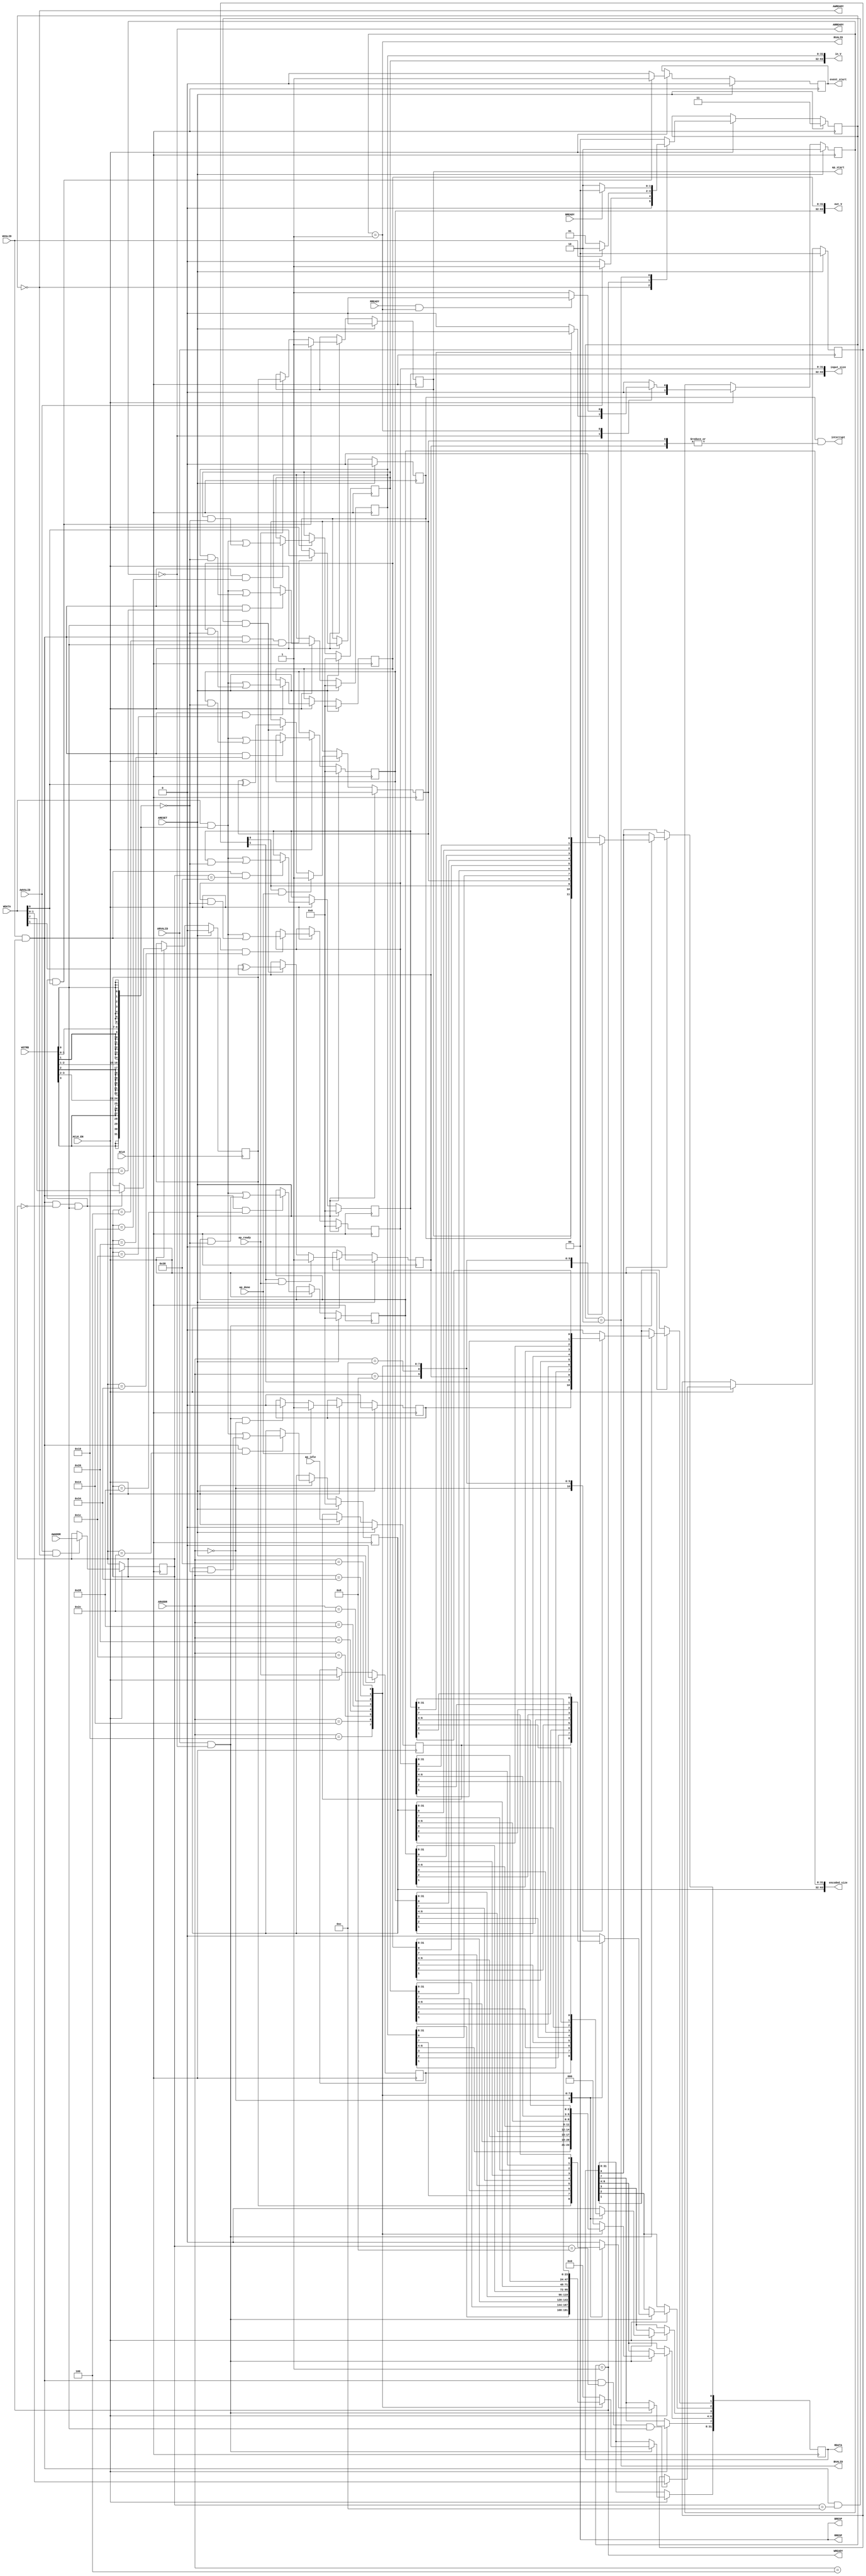
// ==============================================================
// File generated on Fri Apr 26 14:37:05 UTC 2019
// Vivado(TM) HLS - High-Level Synthesis from C, C++ and SystemC v2018.3.op (64-bit)
// SW Build 2405991 on Thu Dec  6 23:36:41 MST 2018
// IP Build 2404404 on Fri Dec  7 01:43:56 MST 2018
// Copyright 1986-2018 Xilinx, Inc. All Rights Reserved.
// ==============================================================
`timescale 1ns/1ps
module gZip_cu_gZip_cu_control_s_axi
#(parameter
    C_S_AXI_ADDR_WIDTH = 6,
    C_S_AXI_DATA_WIDTH = 32
)(
    // axi4 lite slave signals
    input  wire                          ACLK,
    input  wire                          ARESET,
    input  wire                          ACLK_EN,
    input  wire [C_S_AXI_ADDR_WIDTH-1:0] AWADDR,
    input  wire                          AWVALID,
    output wire                          AWREADY,
    input  wire [C_S_AXI_DATA_WIDTH-1:0] WDATA,
    input  wire [C_S_AXI_DATA_WIDTH/8-1:0] WSTRB,
    input  wire                          WVALID,
    output wire                          WREADY,
    output wire [1:0]                    BRESP,
    output wire                          BVALID,
    input  wire                          BREADY,
    input  wire [C_S_AXI_ADDR_WIDTH-1:0] ARADDR,
    input  wire                          ARVALID,
    output wire                          ARREADY,
    output wire [C_S_AXI_DATA_WIDTH-1:0] RDATA,
    output wire [1:0]                    RRESP,
    output wire                          RVALID,
    input  wire                          RREADY,
    output wire                          interrupt,
    // user signals
    output wire                          ap_start,
    input  wire                          ap_done,
    input  wire                          ap_ready,
    input  wire                          ap_idle,
    output wire                          event_start,
    output wire [63:0]                   in_V,
    output wire [63:0]                   out_V,
    output wire [63:0]                   encoded_size,
    output wire [63:0]                   input_size
);
//------------------------Address Info-------------------
// 0x00 : Control signals
//        bit 0  - ap_start (Read/Write/COH)
//        bit 1  - ap_done (Read/COR)
//        bit 2  - ap_idle (Read)
//        bit 3  - ap_ready (Read)
//        bit 7  - auto_restart (Read/Write)
//        others - reserved
// 0x04 : Global Interrupt Enable Register
//        bit 0  - Global Interrupt Enable (Read/Write)
//        others - reserved
// 0x08 : IP Interrupt Enable Register (Read/Write)
//        bit 0  - Channel 0 (ap_done)
//        bit 1  - Channel 1 (ap_ready)
//        others - reserved
// 0x0c : IP Interrupt Status Register (Read/TOW)
//        bit 0  - Channel 0 (ap_done)
//        bit 1  - Channel 1 (ap_ready)
//        others - reserved
// 0x10 : Data signal of in_V
//        bit 31~0 - in_V[31:0] (Read/Write)
// 0x14 : Data signal of in_V
//        bit 31~0 - in_V[63:32] (Read/Write)
// 0x18 : reserved
// 0x1c : Data signal of out_V
//        bit 31~0 - out_V[31:0] (Read/Write)
// 0x20 : Data signal of out_V
//        bit 31~0 - out_V[63:32] (Read/Write)
// 0x24 : reserved
// 0x28 : Data signal of encoded_size
//        bit 31~0 - encoded_size[31:0] (Read/Write)
// 0x2c : Data signal of encoded_size
//        bit 31~0 - encoded_size[63:32] (Read/Write)
// 0x30 : reserved
// 0x34 : Data signal of input_size
//        bit 31~0 - input_size[31:0] (Read/Write)
// 0x38 : Data signal of input_size
//        bit 31~0 - input_size[63:32] (Read/Write)
// 0x3c : reserved
// (SC = Self Clear, COR = Clear on Read, TOW = Toggle on Write, COH = Clear on Handshake)

//------------------------Parameter----------------------
localparam
    ADDR_AP_CTRL             = 6'h00,
    ADDR_GIE                 = 6'h04,
    ADDR_IER                 = 6'h08,
    ADDR_ISR                 = 6'h0c,
    ADDR_IN_V_DATA_0         = 6'h10,
    ADDR_IN_V_DATA_1         = 6'h14,
    ADDR_IN_V_CTRL           = 6'h18,
    ADDR_OUT_V_DATA_0        = 6'h1c,
    ADDR_OUT_V_DATA_1        = 6'h20,
    ADDR_OUT_V_CTRL          = 6'h24,
    ADDR_ENCODED_SIZE_DATA_0 = 6'h28,
    ADDR_ENCODED_SIZE_DATA_1 = 6'h2c,
    ADDR_ENCODED_SIZE_CTRL   = 6'h30,
    ADDR_INPUT_SIZE_DATA_0   = 6'h34,
    ADDR_INPUT_SIZE_DATA_1   = 6'h38,
    ADDR_INPUT_SIZE_CTRL     = 6'h3c,
    WRIDLE                   = 2'd0,
    WRDATA                   = 2'd1,
    WRRESP                   = 2'd2,
    WRRESET                  = 2'd3,
    RDIDLE                   = 2'd0,
    RDDATA                   = 2'd1,
    RDRESET                  = 2'd2,
    ADDR_BITS         = 6;

//------------------------Local signal-------------------
    reg  [1:0]                    wstate = WRRESET;
    reg  [1:0]                    wnext;
    reg  [ADDR_BITS-1:0]          waddr;
    wire [31:0]                   wmask;
    wire                          aw_hs;
    wire                          w_hs;
    reg  [1:0]                    rstate = RDRESET;
    reg  [1:0]                    rnext;
    reg  [31:0]                   rdata;
    wire                          ar_hs;
    wire [ADDR_BITS-1:0]          raddr;
    // internal registers
    reg                           int_event_start = 1'b0;
    reg                           int_ap_idle;
    reg                           int_ap_ready;
    reg                           int_ap_done = 1'b0;
    reg                           int_ap_start = 1'b0;
    reg                           int_auto_restart = 1'b0;
    reg                           int_gie = 1'b0;
    reg  [1:0]                    int_ier = 2'b0;
    reg  [1:0]                    int_isr = 2'b0;
    reg  [63:0]                   int_in_V = 'b0;
    reg  [63:0]                   int_out_V = 'b0;
    reg  [63:0]                   int_encoded_size = 'b0;
    reg  [63:0]                   int_input_size = 'b0;

//------------------------Instantiation------------------

//------------------------AXI write fsm------------------
assign AWREADY = (wstate == WRIDLE);
assign WREADY  = (wstate == WRDATA);
assign BRESP   = 2'b00;  // OKAY
assign BVALID  = (wstate == WRRESP);
assign wmask   = { {8{WSTRB[3]}}, {8{WSTRB[2]}}, {8{WSTRB[1]}}, {8{WSTRB[0]}} };
assign aw_hs   = AWVALID & AWREADY;
assign w_hs    = WVALID & WREADY;

// wstate
always @(posedge ACLK) begin
    if (ARESET)
        wstate <= WRRESET;
    else if (ACLK_EN)
        wstate <= wnext;
end

// wnext
always @(*) begin
    case (wstate)
        WRIDLE:
            if (AWVALID)
                wnext = WRDATA;
            else
                wnext = WRIDLE;
        WRDATA:
            if (WVALID)
                wnext = WRRESP;
            else
                wnext = WRDATA;
        WRRESP:
            if (BREADY)
                wnext = WRIDLE;
            else
                wnext = WRRESP;
        default:
            wnext = WRIDLE;
    endcase
end

// waddr
always @(posedge ACLK) begin
    if (ACLK_EN) begin
        if (aw_hs)
            waddr <= AWADDR[ADDR_BITS-1:0];
    end
end

//------------------------AXI read fsm-------------------
assign ARREADY = (rstate == RDIDLE);
assign RDATA   = rdata;
assign RRESP   = 2'b00;  // OKAY
assign RVALID  = (rstate == RDDATA);
assign ar_hs   = ARVALID & ARREADY;
assign raddr   = ARADDR[ADDR_BITS-1:0];

// rstate
always @(posedge ACLK) begin
    if (ARESET)
        rstate <= RDRESET;
    else if (ACLK_EN)
        rstate <= rnext;
end

// rnext
always @(*) begin
    case (rstate)
        RDIDLE:
            if (ARVALID)
                rnext = RDDATA;
            else
                rnext = RDIDLE;
        RDDATA:
            if (RREADY & RVALID)
                rnext = RDIDLE;
            else
                rnext = RDDATA;
        default:
            rnext = RDIDLE;
    endcase
end

// rdata
always @(posedge ACLK) begin
    if (ACLK_EN) begin
        if (ar_hs) begin
            rdata <= 1'b0;
            case (raddr)
                ADDR_AP_CTRL: begin
                    rdata[0] <= int_ap_start;
                    rdata[1] <= int_ap_done;
                    rdata[2] <= int_ap_idle;
                    rdata[3] <= int_ap_ready;
                    rdata[7] <= int_auto_restart;
                end
                ADDR_GIE: begin
                    rdata <= int_gie;
                end
                ADDR_IER: begin
                    rdata <= int_ier;
                end
                ADDR_ISR: begin
                    rdata <= int_isr;
                end
                ADDR_IN_V_DATA_0: begin
                    rdata <= int_in_V[31:0];
                end
                ADDR_IN_V_DATA_1: begin
                    rdata <= int_in_V[63:32];
                end
                ADDR_OUT_V_DATA_0: begin
                    rdata <= int_out_V[31:0];
                end
                ADDR_OUT_V_DATA_1: begin
                    rdata <= int_out_V[63:32];
                end
                ADDR_ENCODED_SIZE_DATA_0: begin
                    rdata <= int_encoded_size[31:0];
                end
                ADDR_ENCODED_SIZE_DATA_1: begin
                    rdata <= int_encoded_size[63:32];
                end
                ADDR_INPUT_SIZE_DATA_0: begin
                    rdata <= int_input_size[31:0];
                end
                ADDR_INPUT_SIZE_DATA_1: begin
                    rdata <= int_input_size[63:32];
                end
            endcase
        end
    end
end


//------------------------Register logic-----------------
assign interrupt    = int_gie & (|int_isr);
assign event_start  = int_event_start;
assign ap_start     = int_ap_start;
assign in_V         = int_in_V;
assign out_V        = int_out_V;
assign encoded_size = int_encoded_size;
assign input_size   = int_input_size;
// int_event_start
always @(posedge ACLK) begin
    if (ARESET)
        int_event_start <= 1'b0;
    else if (ACLK_EN) begin
        if (w_hs && waddr == ADDR_AP_CTRL && WSTRB[0] && WDATA[0])
            int_event_start <= 1'b1;
        else
            int_event_start <= 1'b0; // self clear
    end
end

// int_ap_start
always @(posedge ACLK) begin
    if (ARESET)
        int_ap_start <= 1'b0;
    else if (ACLK_EN) begin
        if (w_hs && waddr == ADDR_AP_CTRL && WSTRB[0] && WDATA[0])
            int_ap_start <= 1'b1;
        else if (ap_ready)
            int_ap_start <= int_auto_restart; // clear on handshake/auto restart
    end
end

// int_ap_done
always @(posedge ACLK) begin
    if (ARESET)
        int_ap_done <= 1'b0;
    else if (ACLK_EN) begin
        if (ap_done)
            int_ap_done <= 1'b1;
        else if (ar_hs && raddr == ADDR_AP_CTRL)
            int_ap_done <= 1'b0; // clear on read
    end
end

// int_ap_idle
always @(posedge ACLK) begin
    if (ARESET)
        int_ap_idle <= 1'b0;
    else if (ACLK_EN) begin
            int_ap_idle <= ap_idle;
    end
end

// int_ap_ready
always @(posedge ACLK) begin
    if (ARESET)
        int_ap_ready <= 1'b0;
    else if (ACLK_EN) begin
            int_ap_ready <= ap_ready;
    end
end

// int_auto_restart
always @(posedge ACLK) begin
    if (ARESET)
        int_auto_restart <= 1'b0;
    else if (ACLK_EN) begin
        if (w_hs && waddr == ADDR_AP_CTRL && WSTRB[0])
            int_auto_restart <=  WDATA[7];
    end
end

// int_gie
always @(posedge ACLK) begin
    if (ARESET)
        int_gie <= 1'b0;
    else if (ACLK_EN) begin
        if (w_hs && waddr == ADDR_GIE && WSTRB[0])
            int_gie <= WDATA[0];
    end
end

// int_ier
always @(posedge ACLK) begin
    if (ARESET)
        int_ier <= 1'b0;
    else if (ACLK_EN) begin
        if (w_hs && waddr == ADDR_IER && WSTRB[0])
            int_ier <= WDATA[1:0];
    end
end

// int_isr[0]
always @(posedge ACLK) begin
    if (ARESET)
        int_isr[0] <= 1'b0;
    else if (ACLK_EN) begin
        if (int_ier[0] & ap_done)
            int_isr[0] <= 1'b1;
        else if (w_hs && waddr == ADDR_ISR && WSTRB[0])
            int_isr[0] <= int_isr[0] ^ WDATA[0]; // toggle on write
    end
end

// int_isr[1]
always @(posedge ACLK) begin
    if (ARESET)
        int_isr[1] <= 1'b0;
    else if (ACLK_EN) begin
        if (int_ier[1] & ap_ready)
            int_isr[1] <= 1'b1;
        else if (w_hs && waddr == ADDR_ISR && WSTRB[0])
            int_isr[1] <= int_isr[1] ^ WDATA[1]; // toggle on write
    end
end

// int_in_V[31:0]
always @(posedge ACLK) begin
    if (ARESET)
        int_in_V[31:0] <= 0;
    else if (ACLK_EN) begin
        if (w_hs && waddr == ADDR_IN_V_DATA_0)
            int_in_V[31:0] <= (WDATA[31:0] & wmask) | (int_in_V[31:0] & ~wmask);
    end
end

// int_in_V[63:32]
always @(posedge ACLK) begin
    if (ARESET)
        int_in_V[63:32] <= 0;
    else if (ACLK_EN) begin
        if (w_hs && waddr == ADDR_IN_V_DATA_1)
            int_in_V[63:32] <= (WDATA[31:0] & wmask) | (int_in_V[63:32] & ~wmask);
    end
end

// int_out_V[31:0]
always @(posedge ACLK) begin
    if (ARESET)
        int_out_V[31:0] <= 0;
    else if (ACLK_EN) begin
        if (w_hs && waddr == ADDR_OUT_V_DATA_0)
            int_out_V[31:0] <= (WDATA[31:0] & wmask) | (int_out_V[31:0] & ~wmask);
    end
end

// int_out_V[63:32]
always @(posedge ACLK) begin
    if (ARESET)
        int_out_V[63:32] <= 0;
    else if (ACLK_EN) begin
        if (w_hs && waddr == ADDR_OUT_V_DATA_1)
            int_out_V[63:32] <= (WDATA[31:0] & wmask) | (int_out_V[63:32] & ~wmask);
    end
end

// int_encoded_size[31:0]
always @(posedge ACLK) begin
    if (ARESET)
        int_encoded_size[31:0] <= 0;
    else if (ACLK_EN) begin
        if (w_hs && waddr == ADDR_ENCODED_SIZE_DATA_0)
            int_encoded_size[31:0] <= (WDATA[31:0] & wmask) | (int_encoded_size[31:0] & ~wmask);
    end
end

// int_encoded_size[63:32]
always @(posedge ACLK) begin
    if (ARESET)
        int_encoded_size[63:32] <= 0;
    else if (ACLK_EN) begin
        if (w_hs && waddr == ADDR_ENCODED_SIZE_DATA_1)
            int_encoded_size[63:32] <= (WDATA[31:0] & wmask) | (int_encoded_size[63:32] & ~wmask);
    end
end

// int_input_size[31:0]
always @(posedge ACLK) begin
    if (ARESET)
        int_input_size[31:0] <= 0;
    else if (ACLK_EN) begin
        if (w_hs && waddr == ADDR_INPUT_SIZE_DATA_0)
            int_input_size[31:0] <= (WDATA[31:0] & wmask) | (int_input_size[31:0] & ~wmask);
    end
end

// int_input_size[63:32]
always @(posedge ACLK) begin
    if (ARESET)
        int_input_size[63:32] <= 0;
    else if (ACLK_EN) begin
        if (w_hs && waddr == ADDR_INPUT_SIZE_DATA_1)
            int_input_size[63:32] <= (WDATA[31:0] & wmask) | (int_input_size[63:32] & ~wmask);
    end
end


//------------------------Memory logic-------------------

endmodule